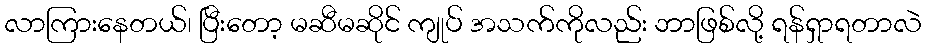
လာကြားနေတယ်၊ ပြီးတော့ မဆီမဆိုင် ကျုပ် အသက်ကိုလည်း ဘာဖြစ်လို့ ရန်ရှာရတာလဲ